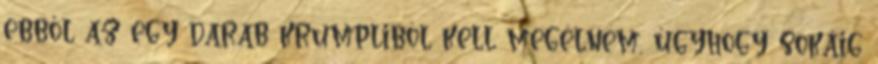
ebből az egy darab krumpliból kell megélnem, úgyhogy sokáig